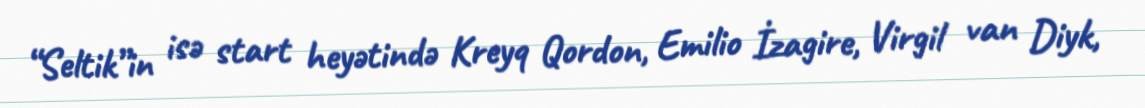
“Seltik”in isə start heyətində Kreyq Qordon, Emilio İzagire, Virgil van Diyk,